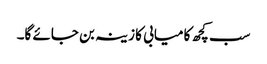
سب کچھ کامیابی کا زینہ بن جائے گا۔